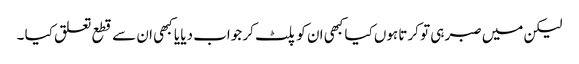
لیکن میں صبر ہی تو کرتا ہوں کیا کبھی ان کو پلٹ کر جواب دیا یا کبھی ان سے قطع تعلق کیا ۔